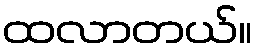
ထလာတယ်။